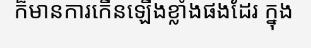
ក៏មានការកើនឡើងខ្លាំងផងដែរ ក្នុង